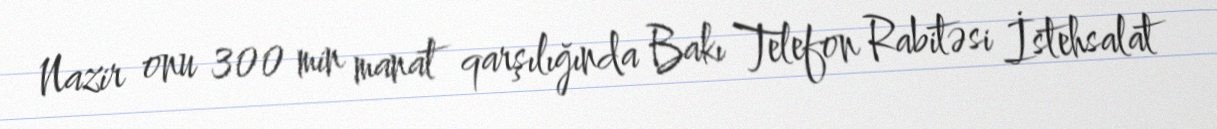
Nazir onu 300 min manat qarşılığında Bakı Telefon Rabitəsi İstehsalat